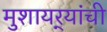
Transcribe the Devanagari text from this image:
मुशायर्‍यांची